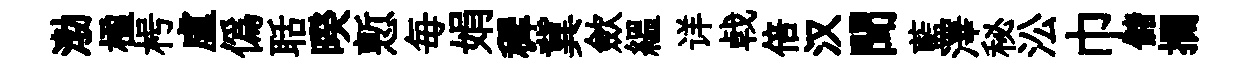
渤楹枵盧僞聒暌慙毎娟穉冀歛緼详㦸倍汉聞藍澤秘㳂巾儲攔